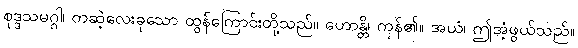
စုဒ္ဒသမဂ္ဂါ၊ တဆဲ့လေးခုသော ထွန်ကြောင်းတို့သည်။ ဟောန္တိ၊ ကုန်၏။ အယံ၊ ဤအံ့ဖွယ်သည်။